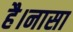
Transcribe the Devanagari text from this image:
है।नासा